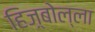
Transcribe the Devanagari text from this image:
हिज़्बोल्ला